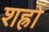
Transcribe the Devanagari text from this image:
शह्रों